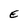
Character: E